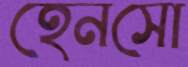
হেনসো